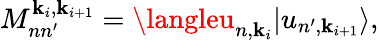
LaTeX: M_{nn^{\prime}}^{\mathbf{k}_{i},\mathbf{k}_{i+1}}=\langleu_{n,\mathbf{k}_{i}}|u_{n^{\prime},\mathbf{k}_{i+1}}\rangle,